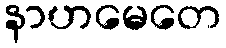
နာဟမေတေ